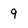
Character: 9